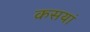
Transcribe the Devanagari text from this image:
कसयां